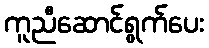
ကူညီဆောင်ရွက်ပေး